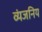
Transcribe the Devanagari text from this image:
व्यंजनिय